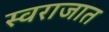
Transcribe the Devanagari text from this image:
स्वराजात